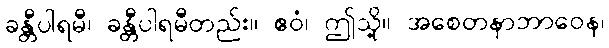
ခန္တီပါရမီ၊ ခန္တီပါရမီတည်း။ ဧဝံ၊ ဤသို့။ အစေတနာဘာဝေန၊